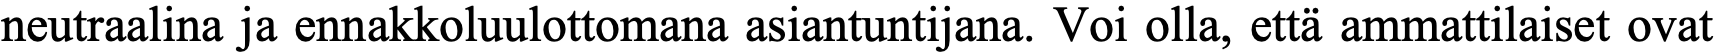
neutraalina ja ennakkoluulottomana asiantuntijana. Voi olla, että ammattilaiset ovat